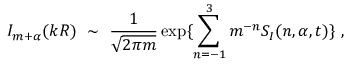
I _ { m + \alpha } ( k R ) \ \sim \ \frac { 1 } { \sqrt { 2 \pi m } } \exp \{ \sum _ { n = - 1 } ^ { 3 } m ^ { - n } S _ { I } ( n , \alpha , t ) \} \ ,